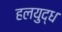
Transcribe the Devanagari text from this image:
हलयुद्ध